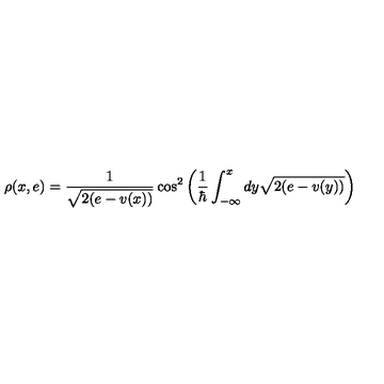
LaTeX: \rho ( x , e ) = \frac { 1 } { \sqrt { 2 ( e - v ( x ) ) } } \cos ^ { 2 } \left( \frac { 1 } { \hbar } \int _ { - \infty } ^ { x } d y \sqrt { 2 ( e - v ( y ) ) } \right)